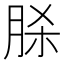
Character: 脎